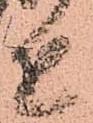
近